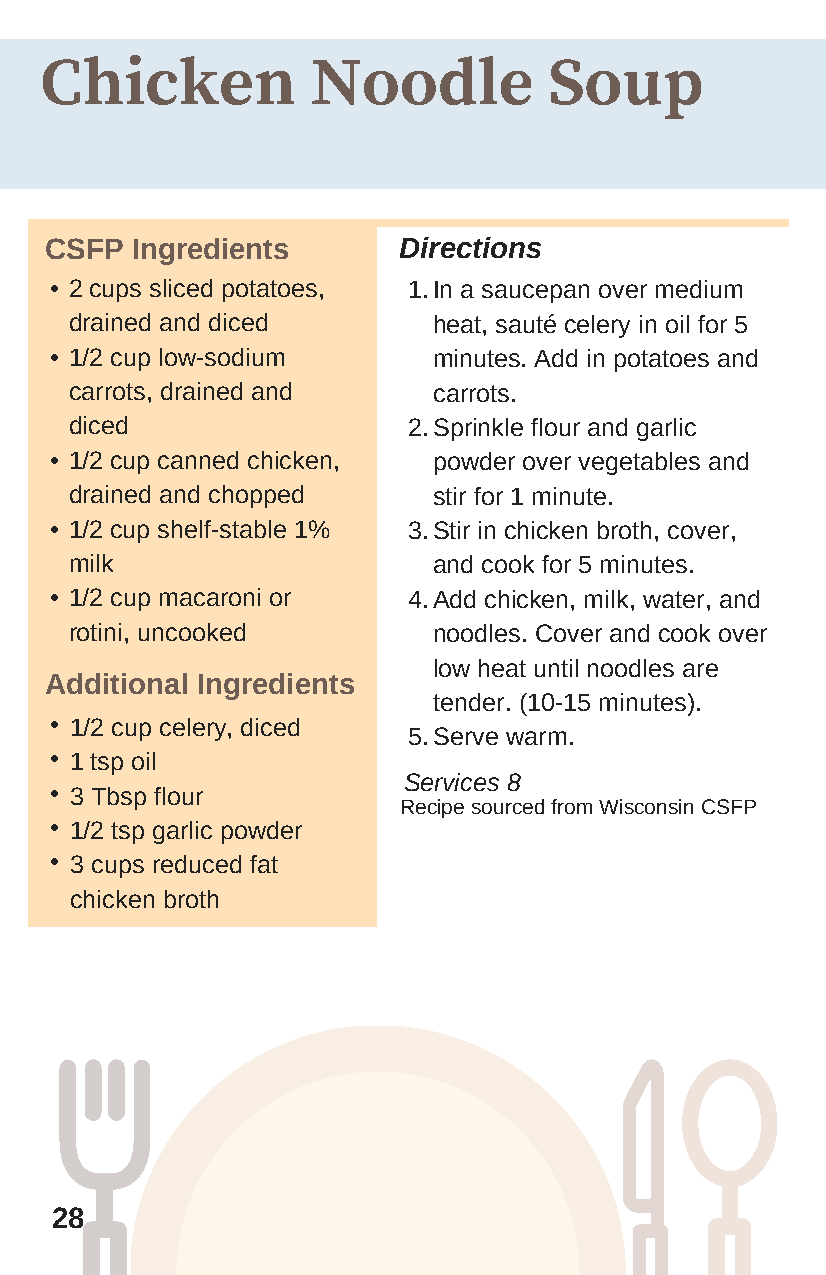
Chicken           Noodle         Soup
 CSFP  Ingredients      Directions
 • 2 cups sliced potatoes, 1. In a saucepan over medium
 drained and diced       heat, sauté celery in oil for 5
 • 1/2 cup low-sodium      minutes. Add in potatoes and
 carrots, drained and    carrots.
 diced                 2. Sprinkle flour and garlic
 • 1/2 cup canned chicken, powder over vegetables and
 drained and chopped     stir for 1 minute.
 • 1/2 cup shelf-stable 1% 3. Stir in chicken broth, cover,
 milk                    and cook for 5 minutes.
 • 1/2 cup macaroni or   4. Add chicken, milk, water, and
 rotini, uncooked        noodles. Cover and cook over
 low heat until noodles are
 Additional Ingredients
 tender. (10-15 minutes).
 • 1/2 cup celery, diced
 5. Serve warm.
 • 1 tsp oil
 Services 8
 • 3 Tbsp flour
 Recipe sourced from Wisconsin CSFP
 • 1/2 tsp garlic powder
 • 3 cups reduced fat
 chicken broth
 28